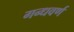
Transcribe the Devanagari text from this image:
गन्धवर्ण